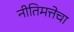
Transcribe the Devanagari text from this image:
नीतिमत्तेचा